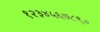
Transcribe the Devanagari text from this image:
१२३४५६७८९०